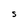
Character: S